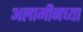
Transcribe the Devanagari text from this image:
अलामीनच्या